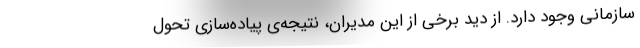
سازمانی وجود دارد. از دید برخی از این مدیران، نتیجه‌ی پیاده‌سازی تحول